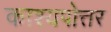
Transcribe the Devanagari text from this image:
काश्यपोत्तर